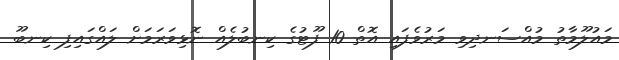
މައުލޫމާތު މުއްސަނދިވި މަރުވެފައި އޮތް 10 ފޫޓުގެ ކިނބުލެއް ނޮޅިވަރަމަށް ލައްގައިފި ކިނބޫ